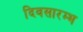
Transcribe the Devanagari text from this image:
दिवसारम्भ